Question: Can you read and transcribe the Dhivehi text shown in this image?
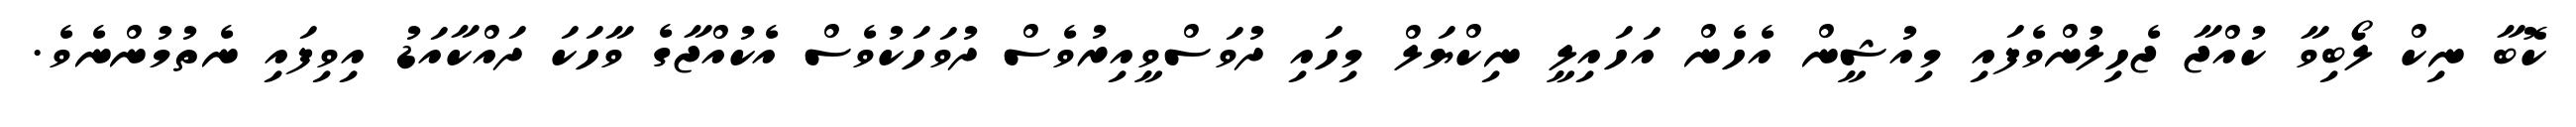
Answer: ކޮބާ ނިކް ލޯބިވާ ކުއްޖާ ޖެހިލުންވެފައި މިއުޝީން އެހެން އަހައިލީ ނިކްޔަލް މިހައި ދުވަސްވީއިރުވެސް ދުވަހަކުވެސް އެކުއްޖާގެ ވާހަކަ ދައްކާއަޑު އިވިފައި ނެތުމުންނެވެ.